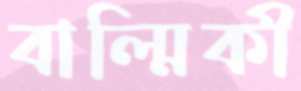
বাল্মিকী